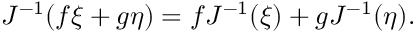
J ^ { - 1 } ( f \xi + g \eta ) = f J ^ { - 1 } ( \xi ) + g J ^ { - 1 } ( \eta ) .